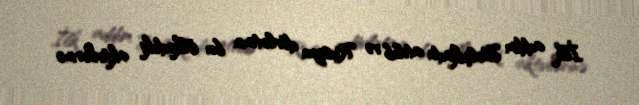
İlk addım Belçikada atılıb və Rusiya dövlətinin bu ölkədəki aktivlərinə